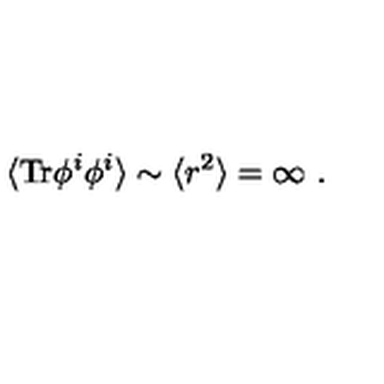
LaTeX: \langle \mathrm { T r } \phi ^ { i } \phi ^ { i } \rangle \sim \langle r ^ { 2 } \rangle = \infty \ .